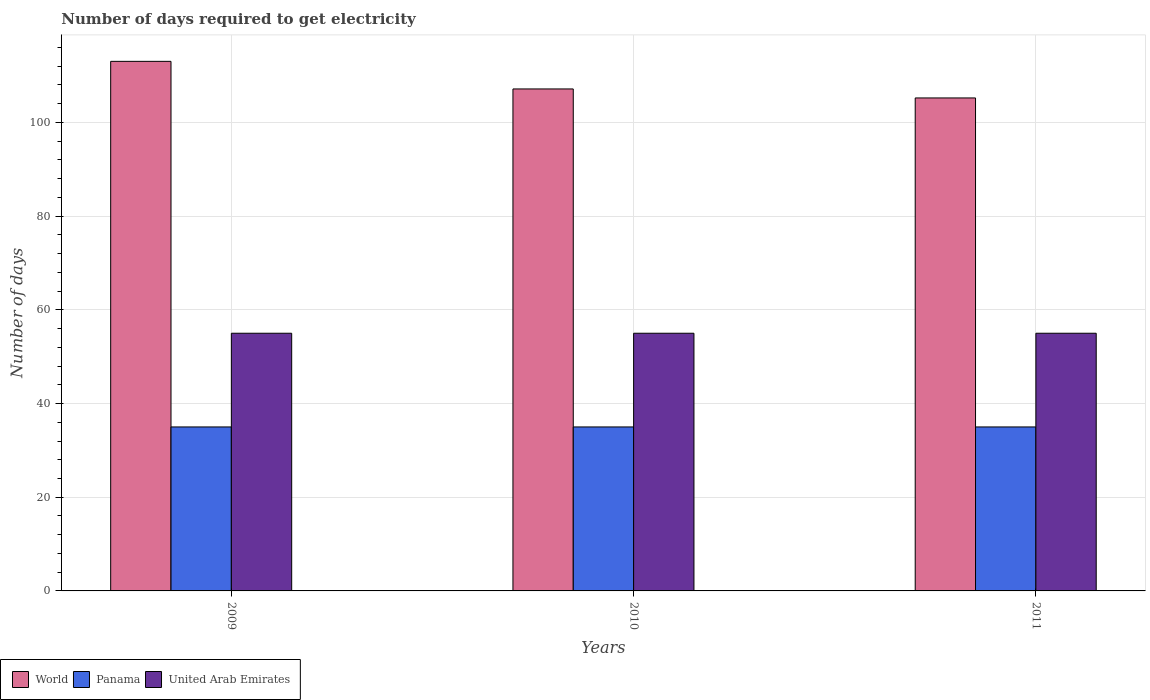
| Years | World | Panama | United Arab Emirates |
 | --- | --- | --- | --- |
 | 2009 | 113 | 35 | 55 |
 | 2010 | 107 | 35 | 55 |
 | 2011 | 105 | 35 | 55 |